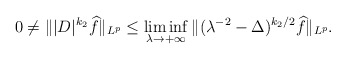
\begin{align*}0\not=\||D|^{k_2}\widehat{f}\|_{L^p}\leq\liminf_{\lambda\to+\infty}\|(\lambda^{-2}-\Delta)^{k_2/2}\widehat{f}\|_{L^p}.\end{align*}